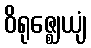
ဝိရုဇ္ဈေယျံ